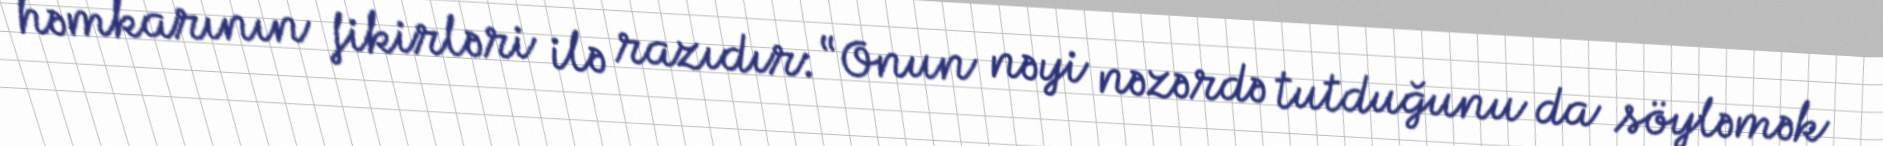
həmkarının fikirləri ilə razıdır: “Onun nəyi nəzərdə tutduğunu da söyləmək